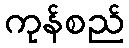
ကုန်စည်